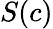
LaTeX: S(c)